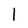
Character: l